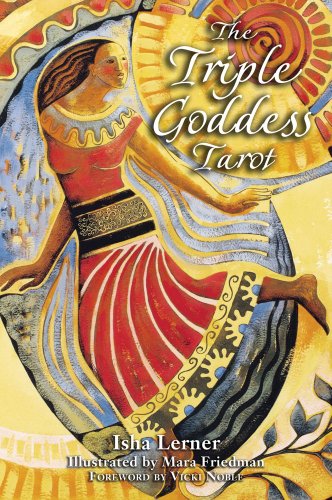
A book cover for The Triple Goddess Tarot: The Power of the Major Arcana, Chakra Healing, and the Divine Feminine; Isha Lerner; Self-Help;